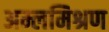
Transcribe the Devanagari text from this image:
अम्लमिश्रण